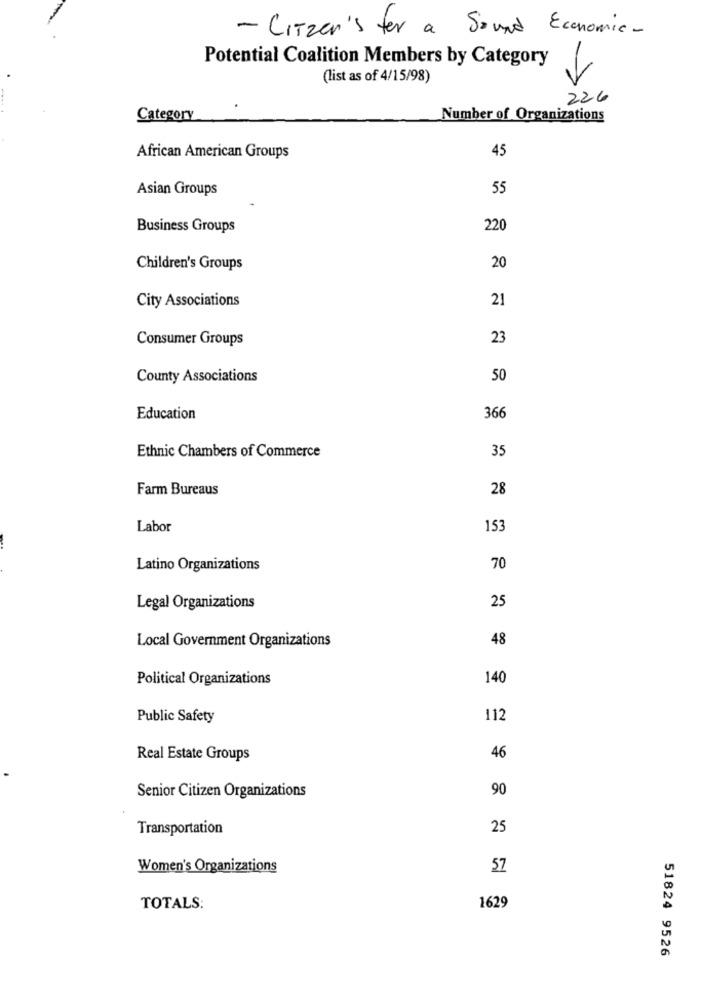
- Citizen's fer a Sound Economic-
Potential Coalition Members by Category
(list as of 4/15/98)
226
Category
Number of Organizations
45
African American Groups
Asian Groups
55
Business Groups
220
Children's Groups
20
City Associations
21
Consumer Groups
23
County Associations
50
Education
366
Ethnic Chambers of Commerce
35
Farm Bureaus
28
Labor
153
Latino Organizations
70
Legal Organizations
25
Local Government Organizations
48
Political Organizations
140
Public Safety
112
Real Estate Groups
46
90
Senior Citizen Organizations
Transportation
25
Women's Organizations
57
TOTALS:
1629
51824 9526